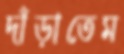
দাঁড়াতেম